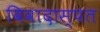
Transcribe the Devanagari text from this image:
विवादास्पत